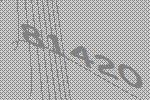
81420